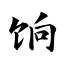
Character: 饷